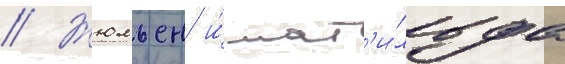
// Жюльен и́ мат'и́льда